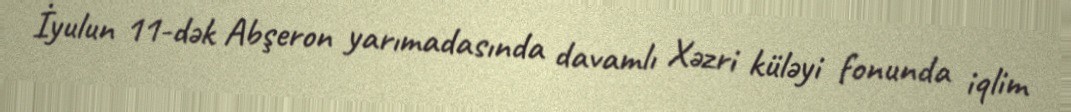
İyulun 11-dək Abşeron yarımadasında davamlı Xəzri küləyi fonunda iqlim